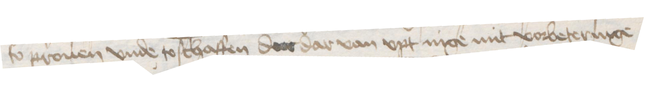
so prouen vnde to schaffen der dar van vpt nige mit vorbeteringe